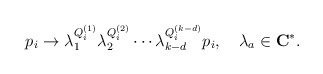
\begin{align*}p_i \rightarrow \lambda_1^{Q_i^{(1)}}\lambda_2^{Q_i^{(2)}} \cdots\lambda_{k-d}^{Q_i^{(k-d)}} p_i, \quad\lambda_a \in {\bf C}^*.\end{align*}